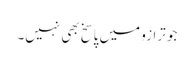
جو ترازو میں پاسخ بھی نہیں۔